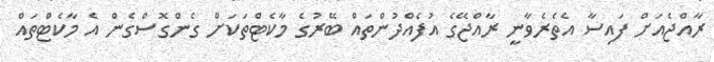
ރާއްޖެއަށް ފައިސާ އެތެރެވާނީ ރާއްޖޭގެ އުފެއްދުންތައް ބޭރުގެ މާކެޓްތަކަށް ގެންގޮސްގެން އެ މާކެޓްތައް